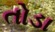
તોડા